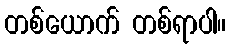
တစ်ယောက် တစ်ရာပါ။